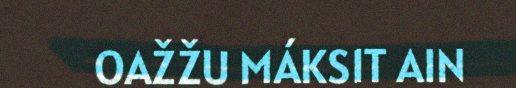
OAŽŽU MÁKSIT AIN